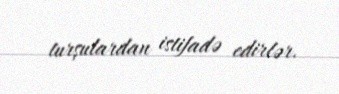
turşulardan istifadə edirlər.